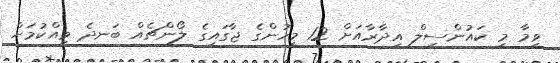
ވީމާ މި ކައުންސިލް އިދާރާއަށް 12 މީހުންގެ ޖާގައިގެ ލޯންޗެއް ބަނދެ ވިއްކުމަށް